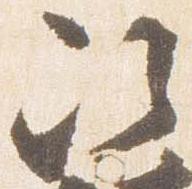
次